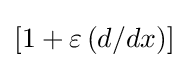
[1+\varepsilon \,(d/dx)]